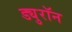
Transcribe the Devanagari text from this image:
ड्युरॉन